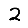
Digit: 2